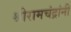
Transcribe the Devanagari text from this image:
श्रीरामचंद्रांनी